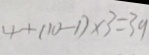
4 + ( 1 0 - 1 ) \times 3 = 3 9